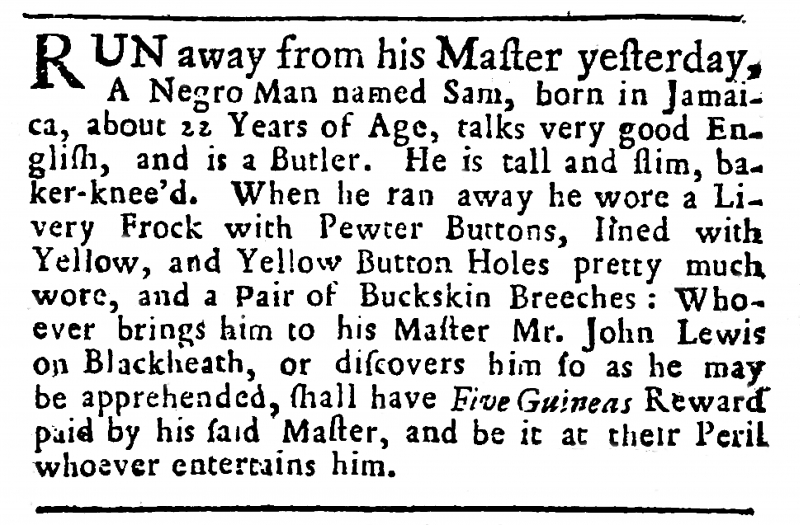
Daily Post Boy, 23 March 1732 (England)
RUN away from his Master yesterday, A Negro Man named Sam, born in Jamaica, about 22 Years of Age, talks very good English, and is a Butler. He is tall and slim, Baker-knee’d. When he ran away he wore a Livery Frock with Pewter Buttons, lined with Yellow, and Yellow Button Holes, pretty much wore, and a Pair of Buckskin Breeches: Whoever brings him to his Master Mr. John Lewis on Blackheath, or discovers him so as he may be apprehended, shall have Five Guineas Reward paid by his said Master, and be it at their Peril whoever entertains him.